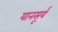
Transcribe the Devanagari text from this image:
यानसूर्य